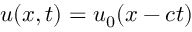
u ( x , t ) = u _ { 0 } ( x - c t )